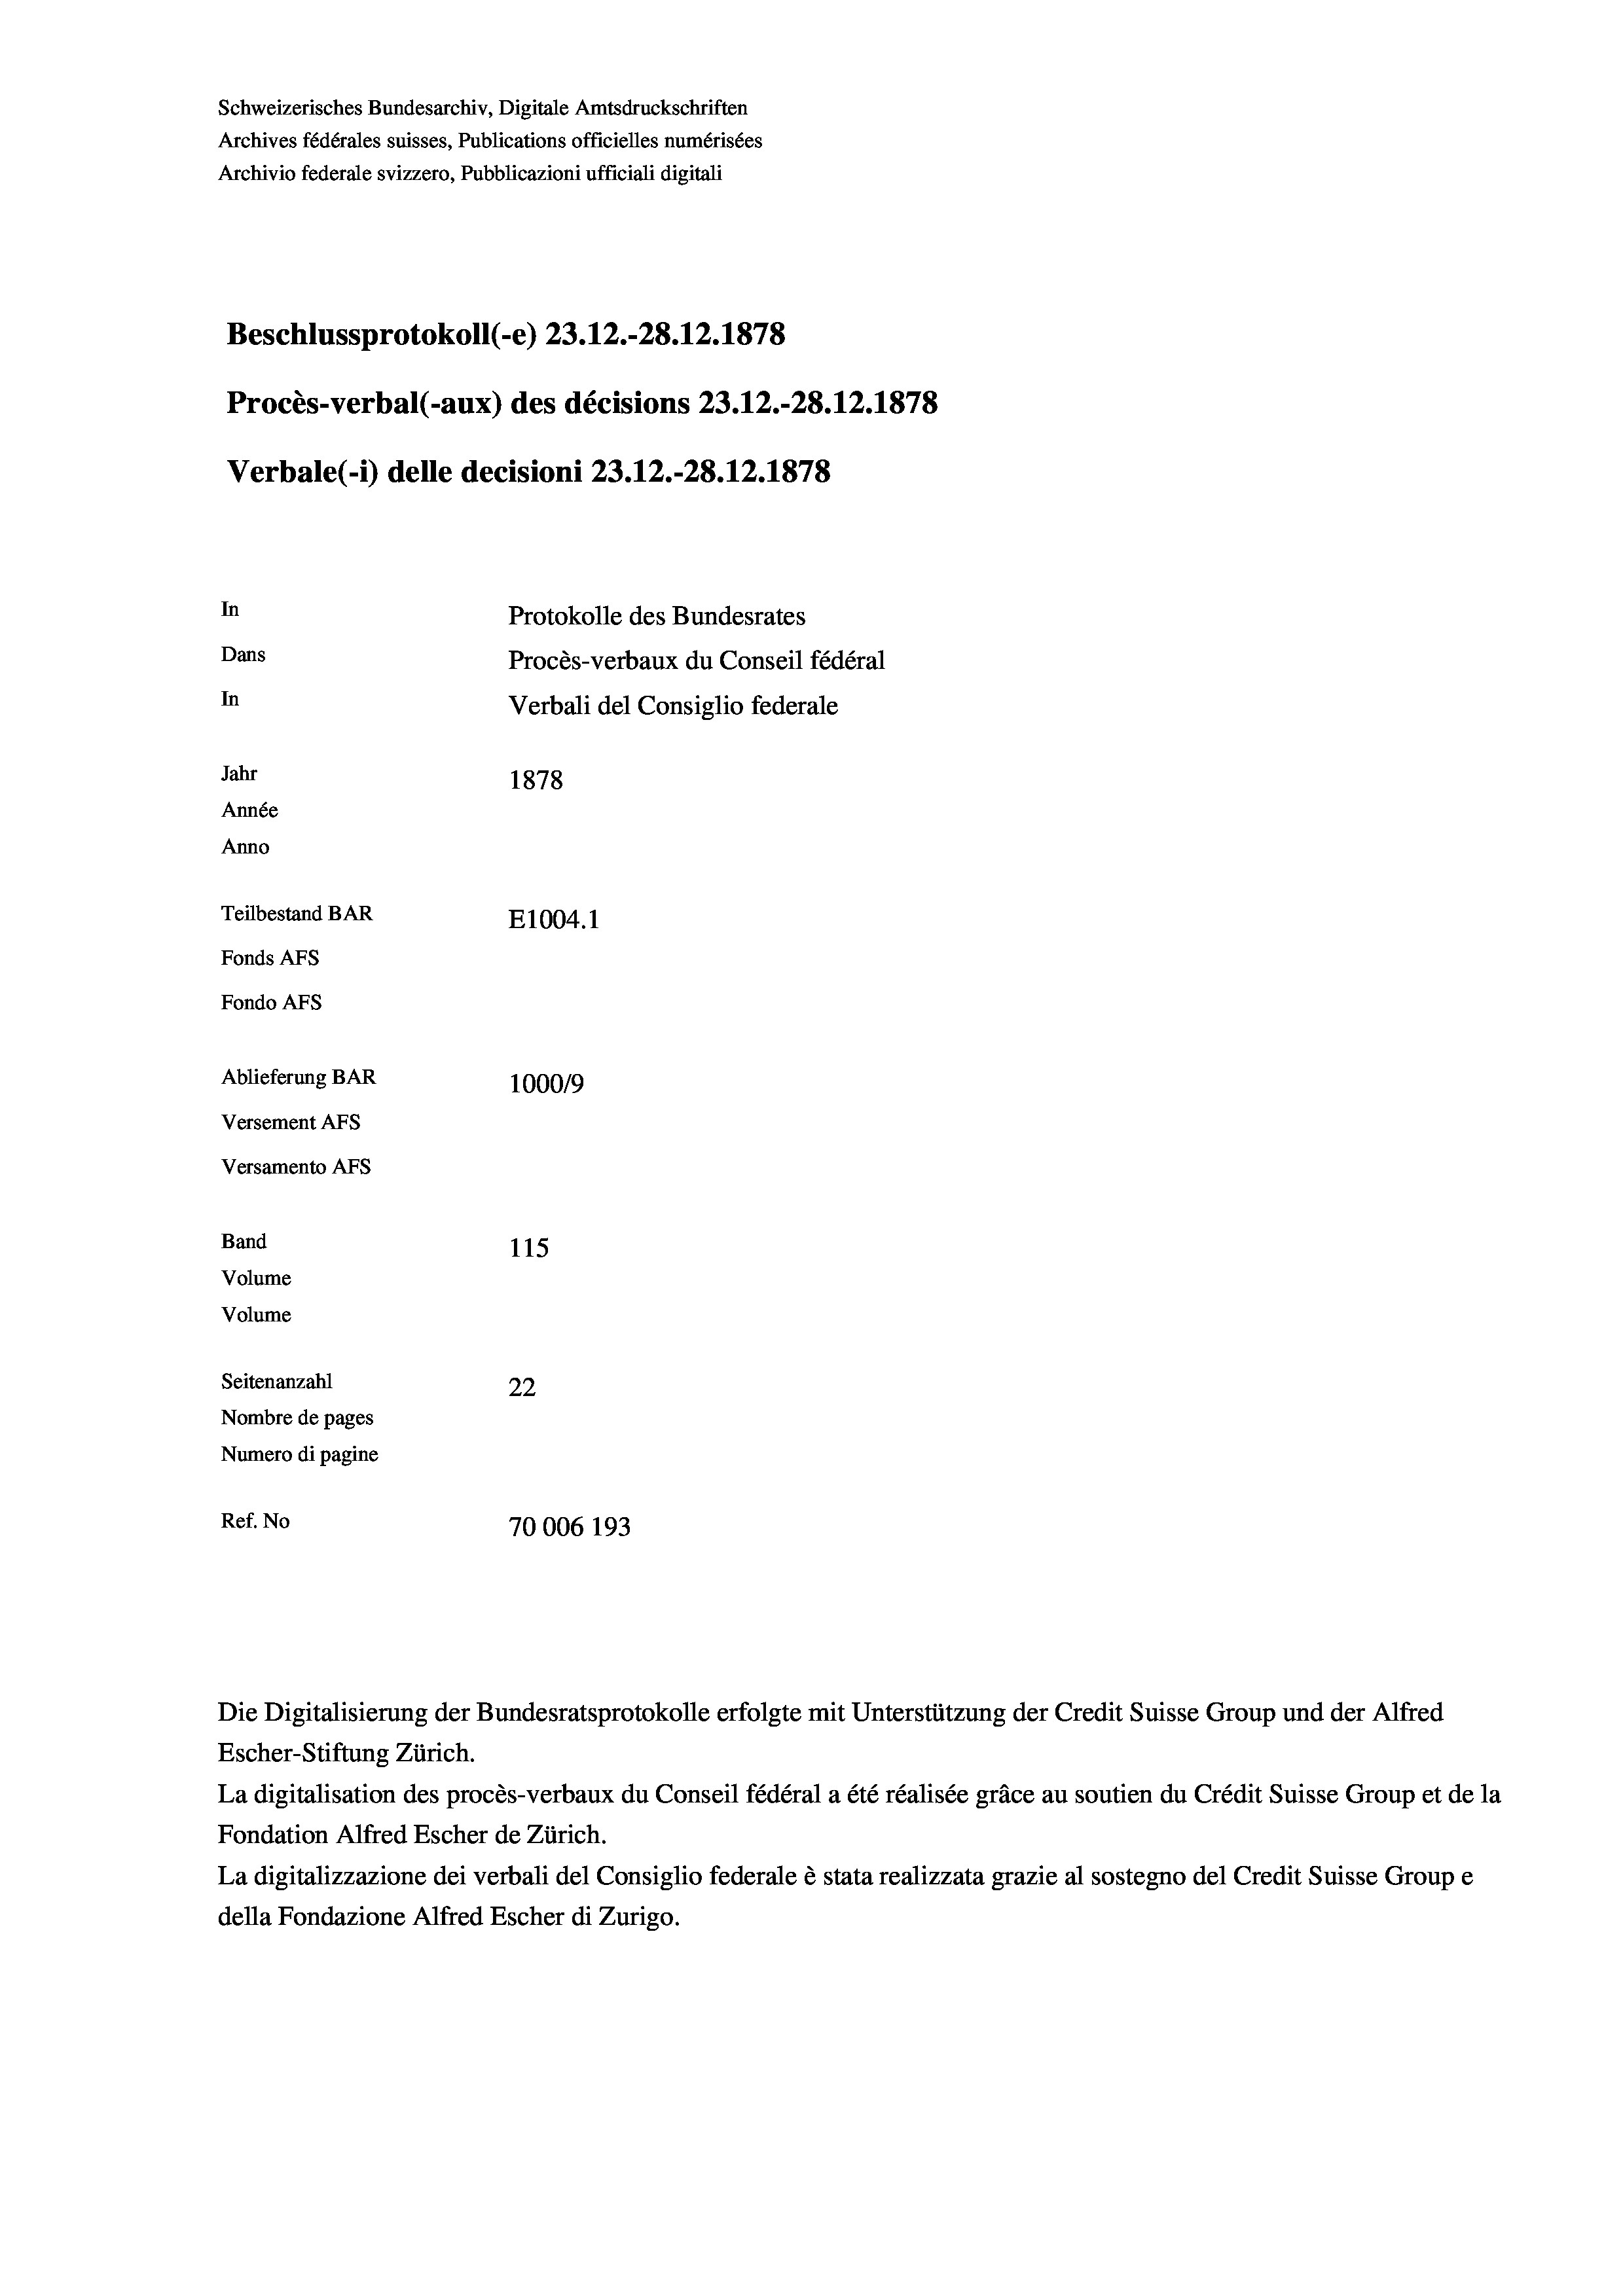
Schweizerisches Bundesarchiv, Digitale Amtsdruckschriften
Archives fédérales suisses, Publications officielles numérisées
Archivio federale svizzero, Pubblicazioni ufficiali digitali
Beschlussprotokoll (-e) 23.12.-28.12.1878
Procès-verbal (-aux) des décisions 23.12.-28.12.1878
Verbale(*) delle decisioni 23.12.-28. 12. 1878
In
Protokolle des Bundesrates
Dans
Procès-verbaux du Conseil fédéral
In
Verbali del Consiglio federale
Jahr
1878
Année
Anno
Teilbestand BAR
E1004. 1
Fonds AFs
Fondo AFS
Ablieferung BAR
100019
Versement AFs
Versamento AFs
Band
115
Volume
Volume
Seitenanzahl
22
Nombre de pages
Numero di pagine
Ref. No
70006 193

Escher-Stiftung Zürich.
La digitalisation des procès-verbaux du Conseil fédéral a été réalisée gräce au soutien du Crédit Suisse Group et de la
Fondation Alfred Escher de Zürich.
La digitalizzazione dei verbali del Consiglio federale è stata realizzata grazie al sostegno del Credit Suisse Groupe
della Fondazione Alfred Escher di Zurigo.

Die Digitalisierung der Bundesratsprotokolle erfolgte mit Unterstützung der Credit Suisse Group und der Alfred